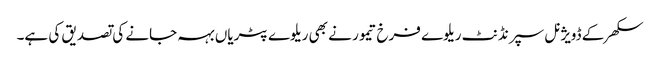
سکھر کے ڈویژنل سپرنڈنٹ ریلوے فرخ تیمور نے بھی ریلوے پٹریاں بہہ جانے کی تصدیق کی ہے۔